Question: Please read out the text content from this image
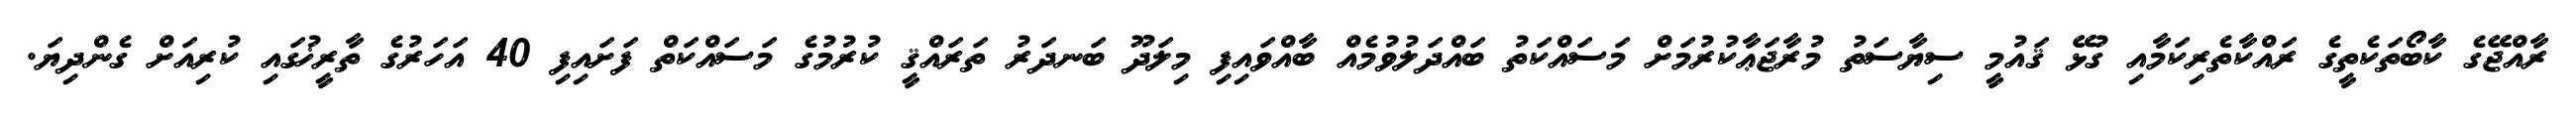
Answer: ރާއްޖޭގެ ކާބޯތަކެތީގެ ރައްކާތެރިކަމާއި ގުޅޭ ޤައުމީ ސިޔާސަތު މުރާޖަޢާކުރުމަށް މަސައްކަތު ބައްދަލުވުމެއް ބާއްވައިފި މިލަދޫ ބަނދަރު ތަރައްޤީ ކުރުމުގެ މަސައްކަތް ފަށައިފި 40 އަހަރުގެ ތާރީޚުގައި ކުރިއަށް ގެންދިޔަ.